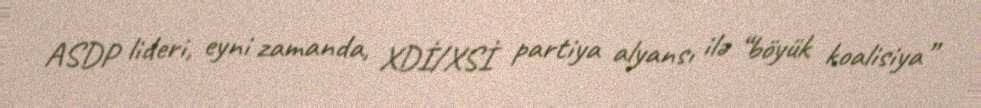
ASDP lideri, eyni zamanda, XDİ/XSİ partiya alyansı ilə “böyük koalisiya”